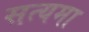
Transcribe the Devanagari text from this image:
सत्यमा